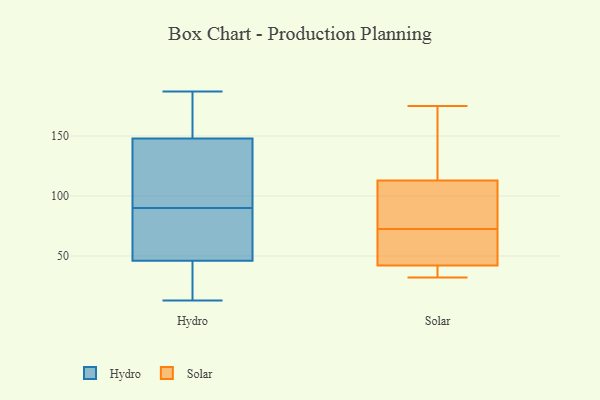
{"axis": {"x": "Energy Usage (MWh)", "y": "Value"}, "legend": ["Hydro", "Solar"], "data": [{"x": "", "y": 45, "type": "Hydro"}, {"x": "", "y": 116, "type": "Hydro"}, {"x": "", "y": 46, "type": "Hydro"}, {"x": "", "y": 66, "type": "Hydro"}, {"x": "", "y": 94, "type": "Hydro"}, {"x": "", "y": 68, "type": "Hydro"}, {"x": "", "y": 27, "type": "Hydro"}, {"x": "", "y": 98, "type": "Hydro"}, {"x": "", "y": 106, "type": "Hydro"}, {"x": "", "y": 154, "type": "Hydro"}, {"x": "", "y": 13, "type": "Hydro"}, {"x": "", "y": 150, "type": "Hydro"}, {"x": "", "y": 50, "type": "Hydro"}, {"x": "", "y": 148, "type": "Hydro"}, {"x": "", "y": 166, "type": "Hydro"}, {"x": "", "y": 86, "type": "Hydro"}, {"x": "", "y": 187, "type": "Hydro"}, {"x": "", "y": 17, "type": "Hydro"}, {"x": "", "y": 43, "type": "Solar"}, {"x": "", "y": 152, "type": "Solar"}, {"x": "", "y": 113, "type": "Solar"}, {"x": "", "y": 54, "type": "Solar"}, {"x": "", "y": 32, "type": "Solar"}, {"x": "", "y": 91, "type": "Solar"}, {"x": "", "y": 175, "type": "Solar"}, {"x": "", "y": 33, "type": "Solar"}, {"x": "", "y": 42, "type": "Solar"}, {"x": "", "y": 100, "type": "Solar"}]}